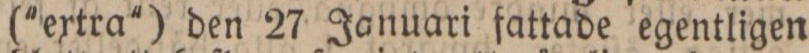
('extra') den 27 Januari fattade egentligen